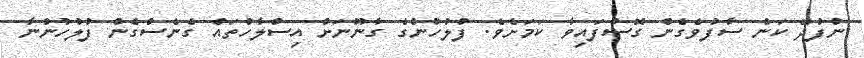
ނުފުދޭ ކަން ސާފުވެގެން ގޮސްފައިވާ ކަމަށެވެ. ފުލުހުންގެ ގާނޫނަށް އިސްލާހުތައް ގެނެސްގެން ފުލުހުންނާ